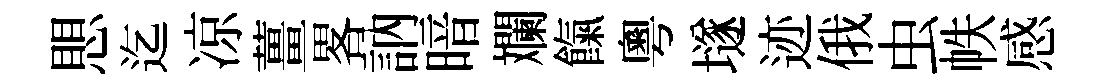
愳迄凉薑畧訥暗斕餼粵𡑞迹俄虫帙感